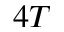
4 T